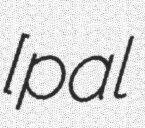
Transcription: [palɛ